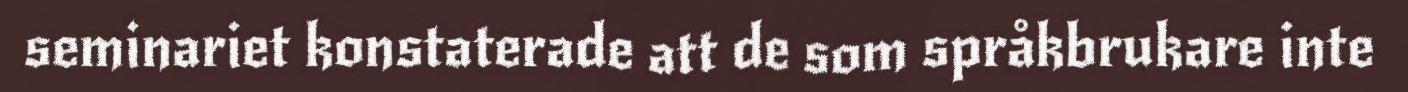
seminariet konstaterade att de som språkbrukare inte